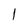
Character: I